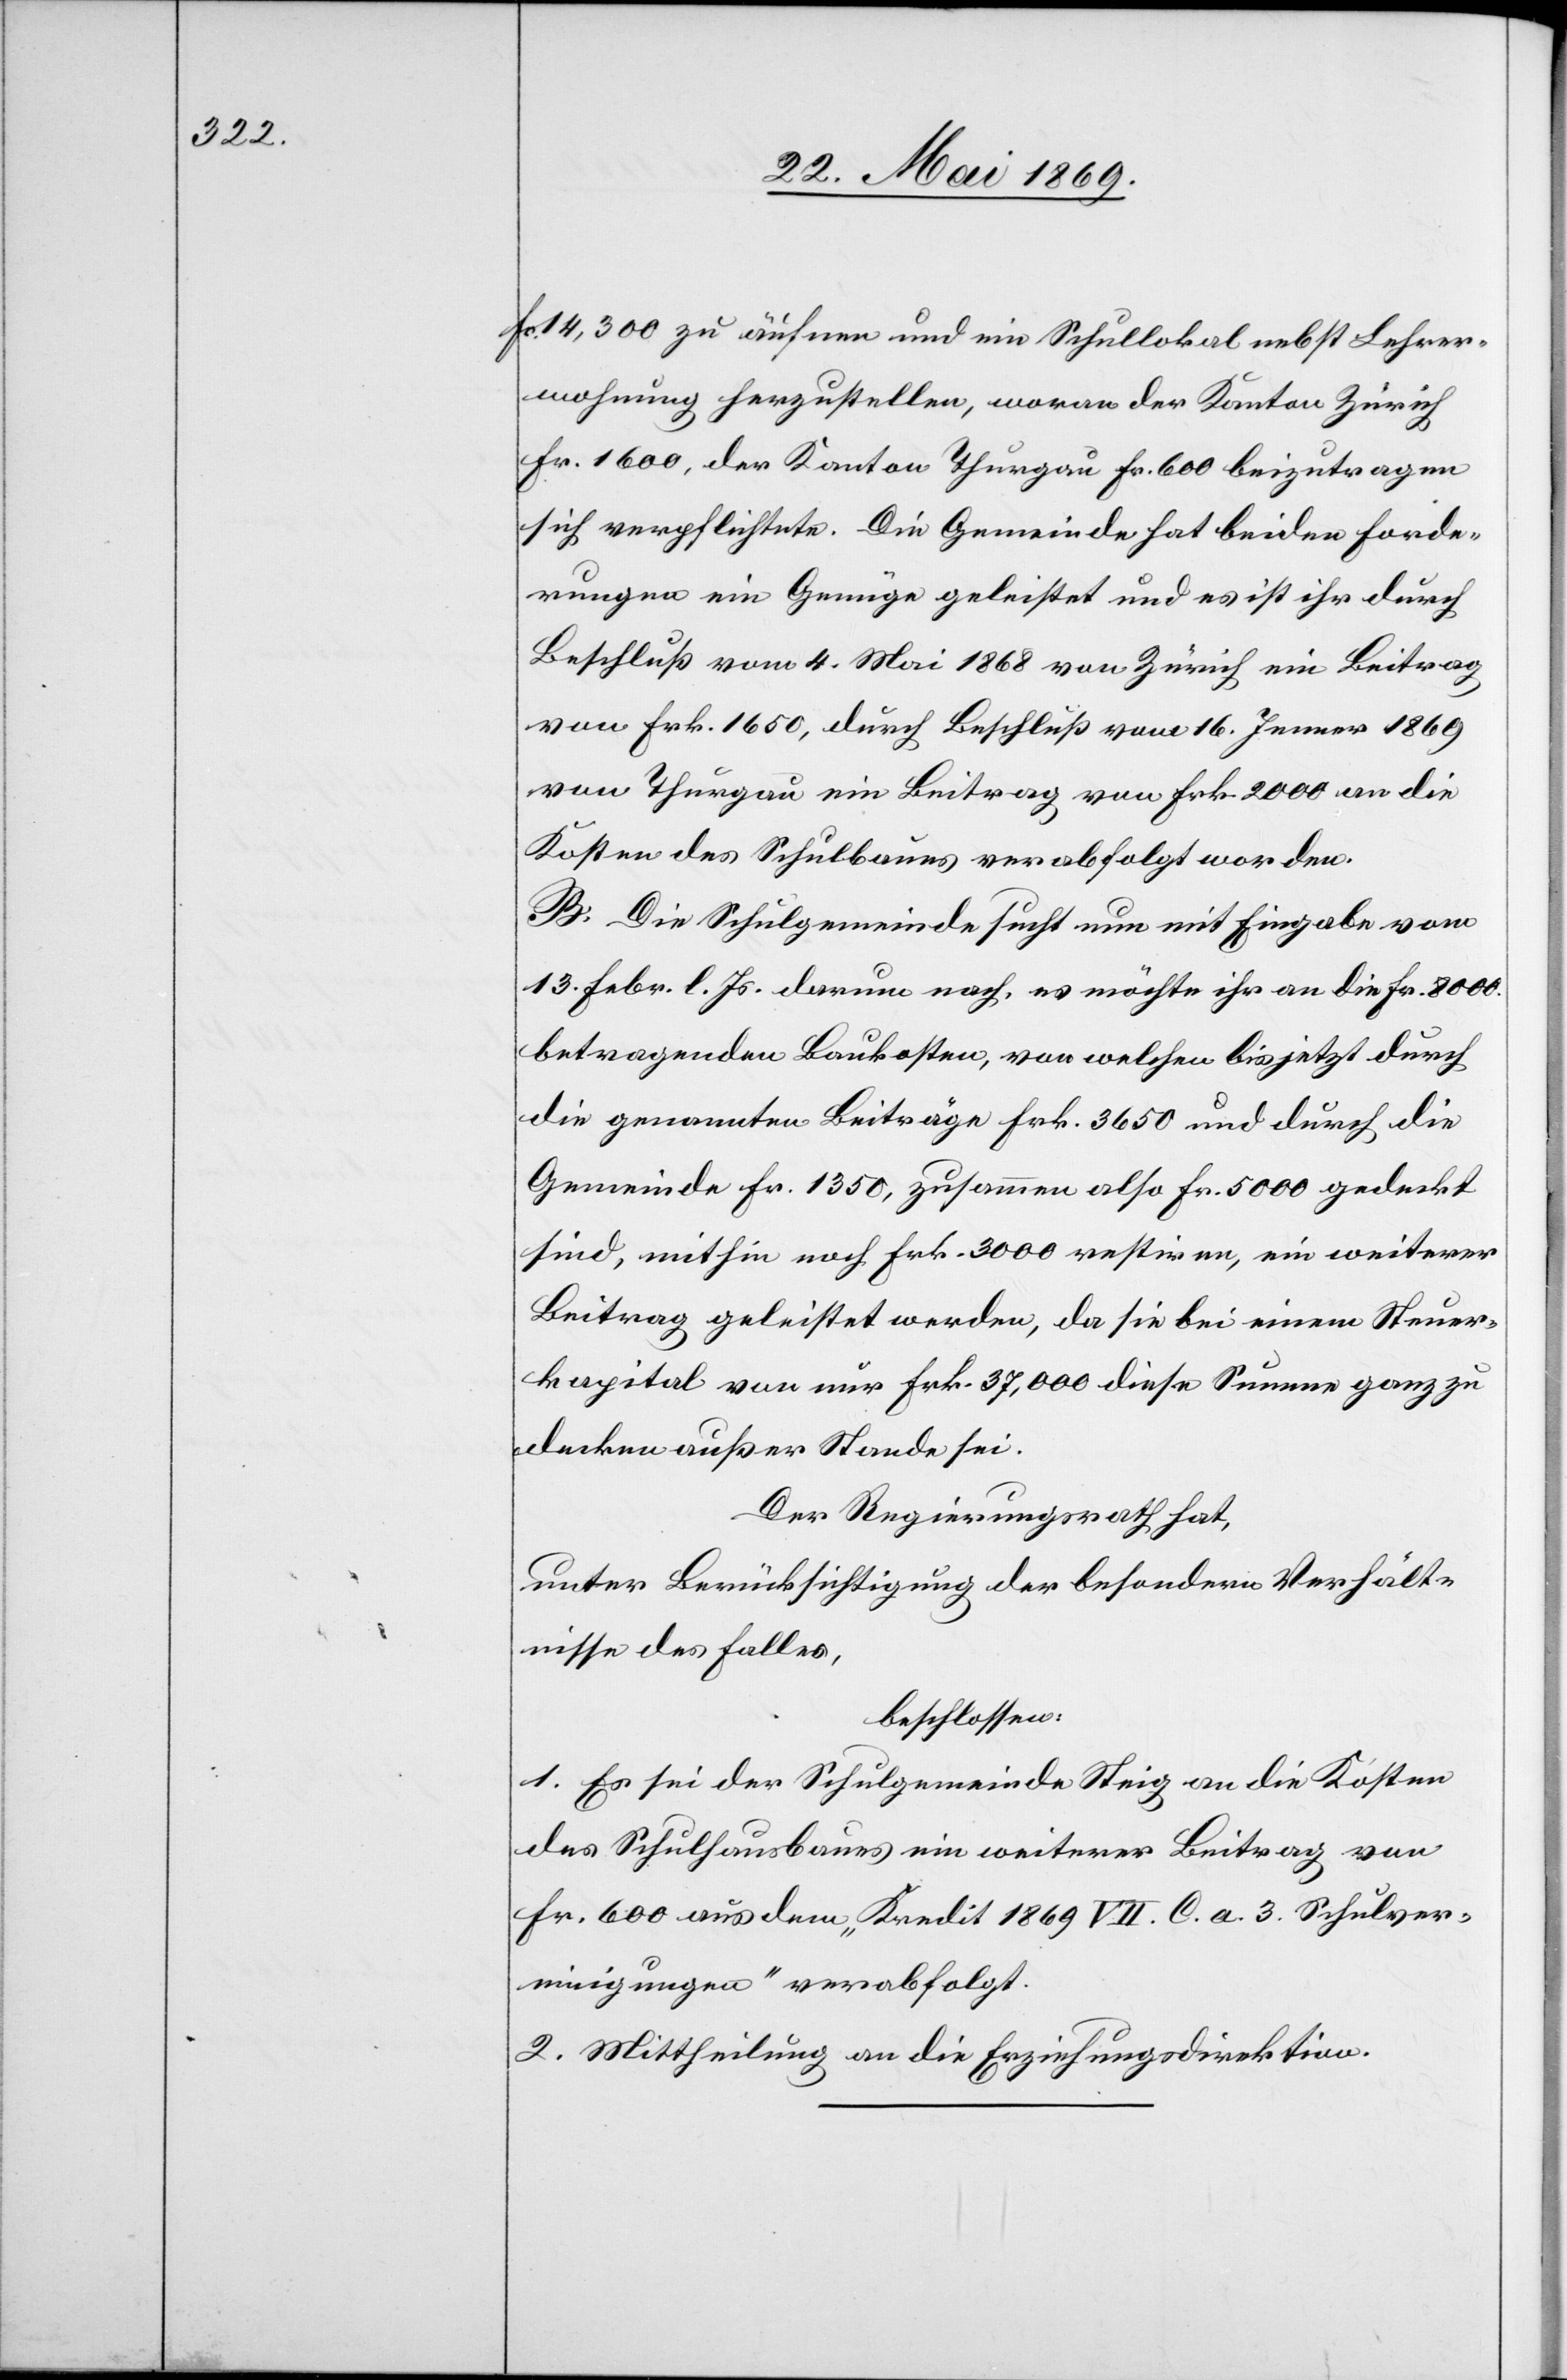
14,300 zu äufnen und ein Schullokal nebst Lehrer¬
wohnung herzustellen, woran der Kanton Zürich
Fr. 1600, der Kanton Thurgau Fr. 600 beizutragen
sich verpflichte. Die Gemeinde hat beiden Forde¬
rungen ein Genüge geleistet und es ist ihr durch
Beschluß vom 4. Mai 1868 von Zürich ein Beitrag
von Frk. 1650, durch Beschluß vom 16. Jenner 1869
von Thurgau ein Beitrag von Frk. 2000 an die
Kosten des Schulbaues verabfolgt worden.
B. Die Schulgemeinde sucht nun mit Eingabe vom
13. Febr. l. Js. darum nach, es möchte ihr an diese Fr. 8000
betragenden Baukosten, vor welchen bis jetzt durch
die genannten Beiträge Frk. 3650 und durch die
Gemeinde Fr 1350, zusammen also Fr 5000 gedeckt
sind, mithin noch Frk. 3000 restiren, ein weiterer
Beitrag geleistet werden, da sie bei einem Steuer¬
kapital von nur Frk. 37,000 diese Summe ganz zu
decken außer Stande sei.
Der Regierungsrath hat,
unter Berücksichtigung der besondern Verhält¬
nisse des Falles,
beschlossen:
1. Es sei der Schulgemeinde Steig an die Kosten
des Schulhausbaues ein weiterer Beitrag von
Fr. 600 aus dem „Kredit 1869 VII. C. a. 3 Schulver¬
einigungen“ verabfolgt.
2. Mittheilung an die Erziehungsdirektion.